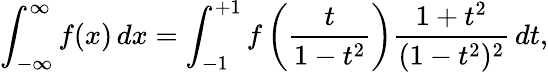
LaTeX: \int_{-\infty}^{\infty}f(x)\, dx=\int_{-1}^{+1}f\left({\frac{t}{1-t^{2}}}\right){\frac{1+t^{2}}{(1-t^{2})^{2}}}\, dt,